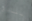
بنادق